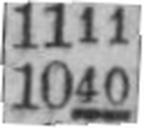
1040